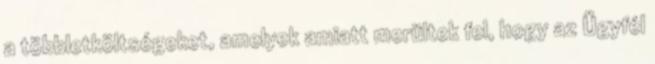
a többletköltségeket, amelyek amiatt merültek fel, hogy az Ügyfél